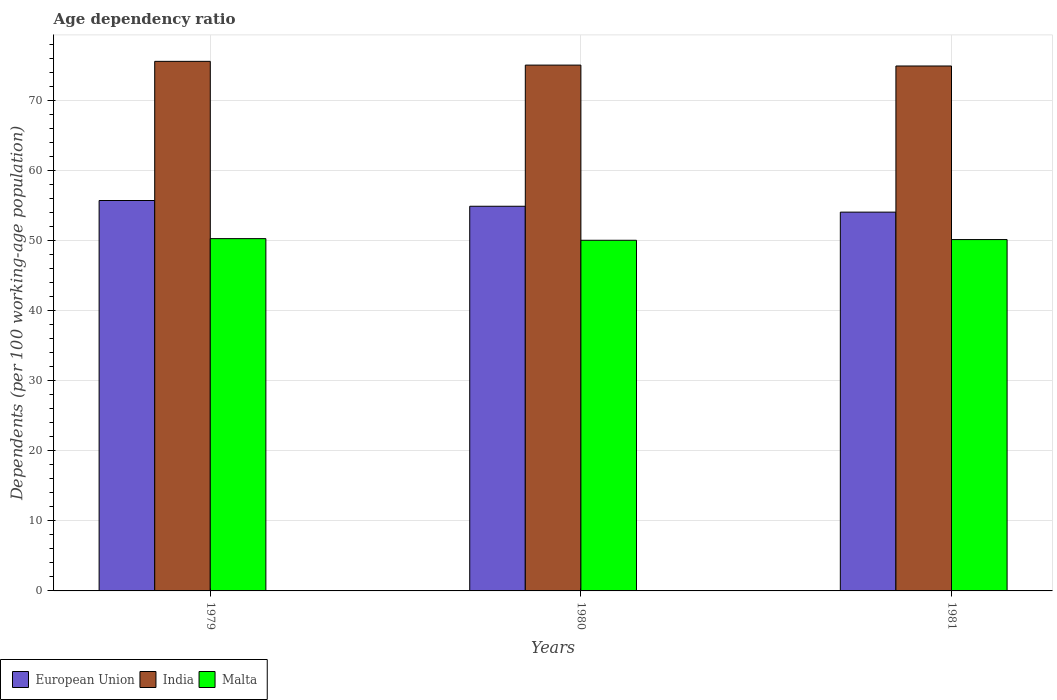
| Years | European Union | India | Malta |
 | --- | --- | --- | --- |
 | 1979 | 55.7 | 75.6 | 50.3 |
 | 1980 | 54.9 | 75.1 | 50.1 |
 | 1981 | 54.1 | 74.9 | 50.2 |